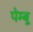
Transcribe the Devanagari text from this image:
पेम्बू